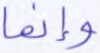
وإنما